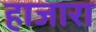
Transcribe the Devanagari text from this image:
हाजारा